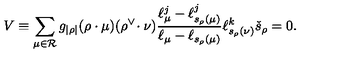
V \equiv \sum _ { \mu \in { \mathcal R } } g _ { | \rho | } ( \rho \cdot \mu ) ( \rho ^ { \vee } \! \cdot \nu ) \frac { \ell _ { \mu } ^ { j } - \ell _ { s _ { \rho } ( \mu ) } ^ { j } } { \ell _ { \mu } - \ell _ { s _ { \rho } ( \mu ) } } \ell _ { s _ { \rho } ( \nu ) } ^ { k } \check { s } _ { \rho } = 0 .